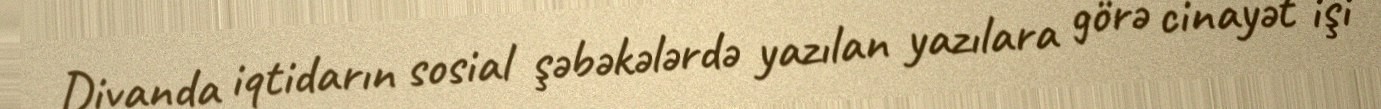
Divanda iqtidarın sosial şəbəkələrdə yazılan yazılara görə cinayət işi